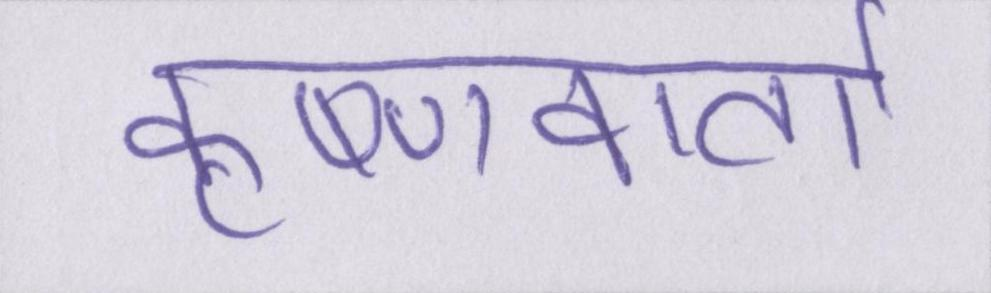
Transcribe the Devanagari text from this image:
कृष्णवार्ता